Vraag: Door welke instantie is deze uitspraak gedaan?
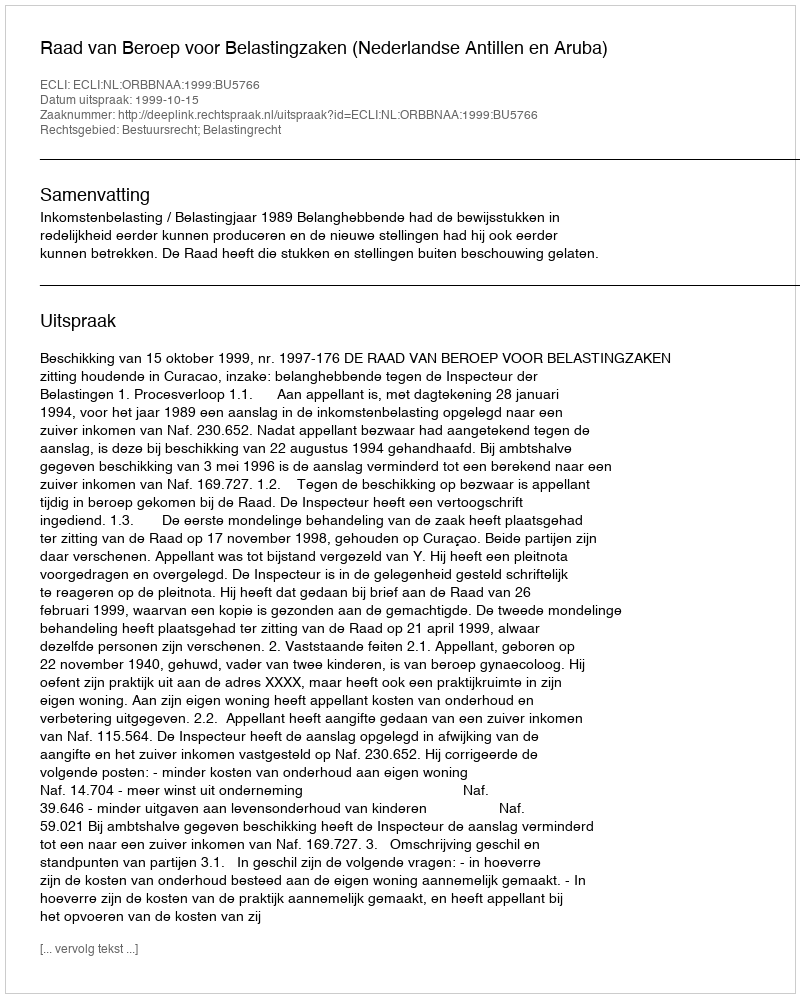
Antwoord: Raad van Beroep voor Belastingzaken (Nederlandse Antillen en Aruba)